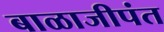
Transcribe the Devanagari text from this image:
बाळाजीपंत